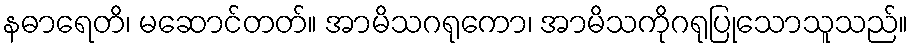
နဓာရေတိ၊ မဆောင်တတ်။ အာမိသဂရုကော၊ အာမိသကိုဂရုပြုသောသူသည်။